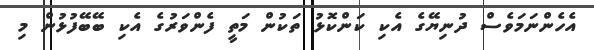
އެހެންނަމަވެސް ދުނިޔޭގެ އެކި ކަންކޮޅު ތަކުން މަތީ ފެންވަރުގެ އެކި ބޭބޭފުޅުން މި